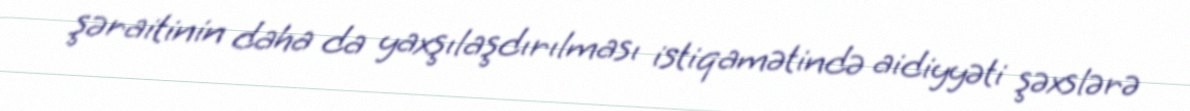
şəraitinin daha da yaxşılaşdırılması istiqamətində aidiyyəti şəxslərə